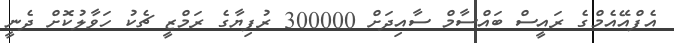
އެފްއޭއެމްގެ ރައީސް ބައްސާމް ސާއިދަށް 300000 ރުފިޔާގެ ރަމްޒީ ޗެކު ހަވާލުކޮށް ދެނީ